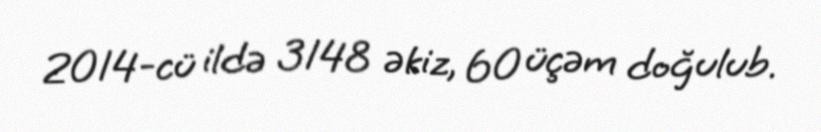
2014-cü ildə 3148 əkiz, 60 üçəm doğulub.